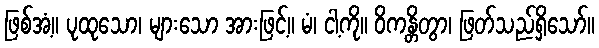
ဖြစ်အံ့။ ပုထုသော၊ များသော အားဖြင့်။ မံ၊ ငါ့ကို။ ဝိကန္တိတွာ၊ ဖြတ်သည်ရှိသော်။